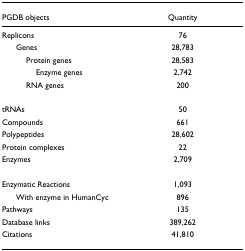
<table><thead><tr><td><b>PGDB objects</b></td><td><b>Quantity</b></td></tr></thead><tbody><tr><td>Replicons</td><td>76</td></tr><tr><td> Genes</td><td>28,783</td></tr><tr><td>Protein genes</td><td>28,583</td></tr><tr><td>Enzyme genes</td><td>2,742</td></tr><tr><td>RNA genes</td><td>200</td></tr><tr><td>tRNAs</td><td>50</td></tr><tr><td>Compounds</td><td>661</td></tr><tr><td>Polypeptides</td><td>28,602</td></tr><tr><td>Protein complexes</td><td>22</td></tr><tr><td>Enzymes</td><td>2,709</td></tr><tr><td>Enzymatic Reactions</td><td>1,093</td></tr><tr><td> With enzyme in HumanCyc</td><td>896</td></tr><tr><td>Pathways</td><td>135</td></tr><tr><td>Database links</td><td>389,262</td></tr><tr><td>Citations</td><td>41,810</td></tr></tbody></table>